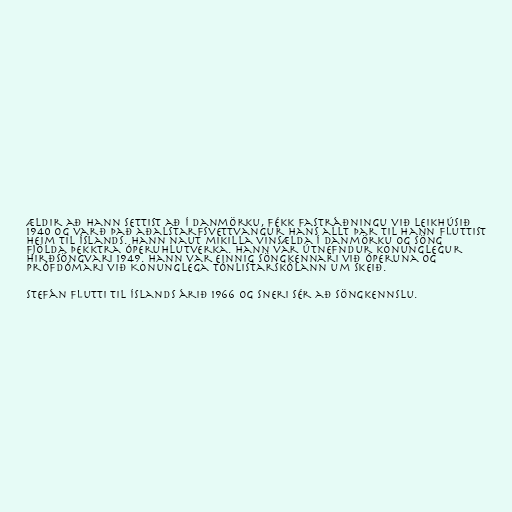
ældir að hann settist að í Danmörku, fékk fastráðningu við leikhúsið
1940 og varð það aðalstarfsvettvangur hans allt þar til hann fluttist
heim til Íslands. Hann naut mikilla vinsælda í Danmörku og söng
fjölda þekktra óperuhlutverka. Hann var útnefndur konunglegur
hirðsöngvari 1949. Hann var einnig söngkennari við óperuna og
prófdómari við Konunglega tónlistarskólann um skeið.

Stefán flutti til Íslands árið 1966 og sneri sér að söngkennslu.